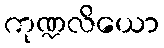
ကုဏ္ဍလိယော